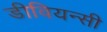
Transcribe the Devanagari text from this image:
डीवियन्सी